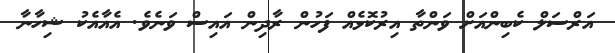
އަރްސަލް ކެބިންއަށް ވަންތާ އިރުކޮޅެއް ފަހުން ރާދިން އައިސް ވަނެވެ. އެއާއެކު ޝިހާނާ